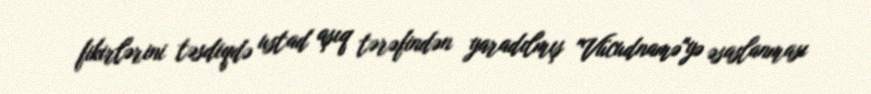
fikirlərini təsdiqdə ustad aşıq tərəfindən yaradılmış "Vücudnamə"yə əsaslanması